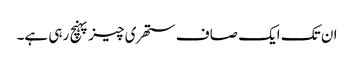
ان تک ایک صاف ستھری چیز پہنچ رہی ہے۔